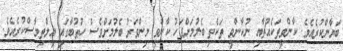
ބަޔާންކުރެއެވެ. ކާންވީތަކެއްޗާއި ނުކާންވީ ތަކެތި ބެލުމަށްފަހު ކާންވީ މިންވަރު ބެލުމަށްވެސް ހުޠުބާގައި އިލްތިމާސްކުރެއެވެ.